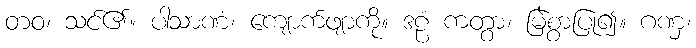
တဝ၊ သင်၏။ ပါသာဏံ၊ ကျောက်ဖျာကို။ ဒဠံ ကတွာ၊ မြဲစွာပြု၍။ ဂဏှ၊